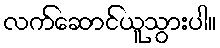
လက်ဆောင်ယူသွားပါ။